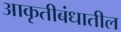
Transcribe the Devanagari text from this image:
आकृतीबंधातील